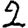
Digit: 2